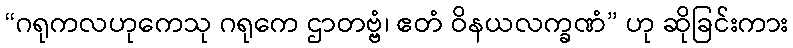
“ဂရုကလဟုကေသု ဂရုကေ ဌာတဗ္ဗံ၊ ဧတံ ဝိနယလက္ခဏံ” ဟု ဆိုခြင်းကား